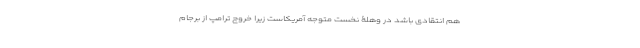
هم انتقادی باشد در وهلۀ نخست متوجه آمریکاست زیرا خروج ترامپ از برجام